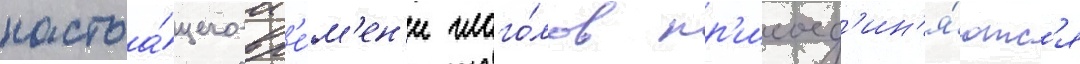
настоа́щего вр'е́м'ен'и глаго́лов пр'исоед'ин'я́ютс'я